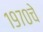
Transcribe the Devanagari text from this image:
१९७०चे